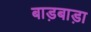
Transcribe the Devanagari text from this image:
बाड़बाड़ा